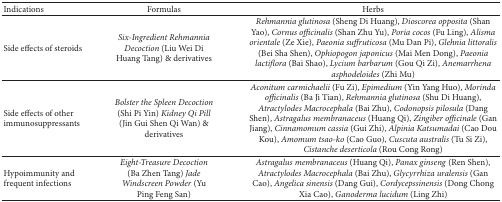
<table><thead><tr><td><b>Indications</b></td><td><b>Formulas</b></td><td><b>Herbs</b></td></tr></thead><tbody><tr><td>Side effects of steroids</td><td><i>Six-Ingredient Rehmannia Decoction </i>(Liu Wei Di Huang Tang) &amp; derivatives</td><td><i>Rehmannia glutinosa</i> (Sheng Di Huang), <i>Dioscorea opposita</i> (Shan Yao), <i>Cornus officinalis </i>(Shan Zhu Yu), <i>Poria cocos </i>(Fu Ling), <i>Alisma orientale</i> (Ze Xie), <i>Paeonia suffruticosa </i>(Mu Dan Pi), <i>Glehnia littoralis</i> (Bei Sha Shen), <i>Ophiopogon japonicus</i> (Mai Men Dong), <i>Paeonia lactiflora</i> (Bai Shao), <i>Lycium barbarum </i>(Gou Qi Zi), <i>Anemarrhena asphodeloides</i> (Zhi Mu)</td></tr><tr><td>Side effects of other immunosuppressants</td><td><i>Bolster the Spleen Decoction</i> (Shi Pi Yin) <i>Kidney Qi Pill</i> (Jin Gui Shen Qi Wan) &amp; derivatives</td><td><i>Aconitum carmichaelii</i> (Fu Zi), <i>Epimedium</i> (Yin Yang Huo), <i>Morinda officinalis </i>(Ba Ji Tian), <i>Rehmannia glutinosa</i> (Shu Di Huang), <i>Atractylodes Macrocephala </i>(Bai Zhu), <i>Codonopsis pilosula</i> (Dang Shen), <i>Astragalus membranaceus</i> (Huang Qi), <i>Zingiber officinale</i> (Gan Jiang), <i>Cinnamomum cassia</i> (Gui Zhi), <i>Alpinia Katsumadai </i>(Cao Dou Kou), <i>Amomum tsao-ko </i>(Cao Guo), <i>Cuscuta australis </i>(Tu Si Zi), <i>Cistanche deserticola</i> (Rou Cong Rong)</td></tr><tr><td>Hypoimmunity and frequent infections</td><td><i>Eight-Treasure Decoction</i> (Ba Zhen Tang) <i>Jade Windscreen Powder</i> (Yu Ping Feng San)</td><td><i>Astragalus membranaceus</i> (Huang Qi), <i>Panax ginseng </i>(Ren Shen), <i>Atractylodes Macrocephala</i> (Bai Zhu), <i>Glycyrrhiza uralensis</i> (Gan Cao), <i>Angelica sinensis </i>(Dang Gui), <i>Cordycepssinensis </i>(Dong Chong Xia Cao), <i>Ganoderma lucidum </i>(Ling Zhi)</td></tr></tbody></table>